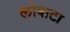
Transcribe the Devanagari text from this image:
लोबाटा